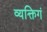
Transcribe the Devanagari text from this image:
व्यक्तिगं